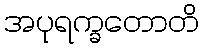
အပုရက္ခတောတိ